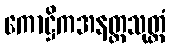
ကောဋ္ဌိကအနတ္တသုတ္တံ